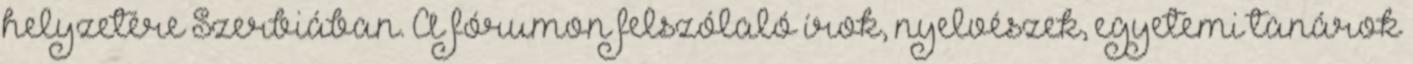
helyzetére Szerbiában. A fórumon felszólaló írok, nyelvészek, egyetemi tanárok